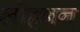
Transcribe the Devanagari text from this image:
लोहबन